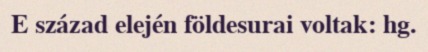
E század elején földesurai voltak: hg.